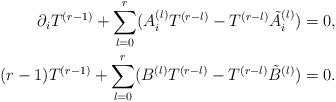
LaTeX: \begin{align*} \partial_i T^{(r-1)}+\sum_{l=0}^r (A_i^{(l)} T^{(r-l)}-T^{(r-l)} \tilde{A}_i^{(l)})=0,\\ (r-1){T}^{(r-1)}+\sum_{l=0}^r (B^{(l)} T^{(r-l)}-T^{(r-l)} \tilde{B}^{(l)})=0.\end{align*}